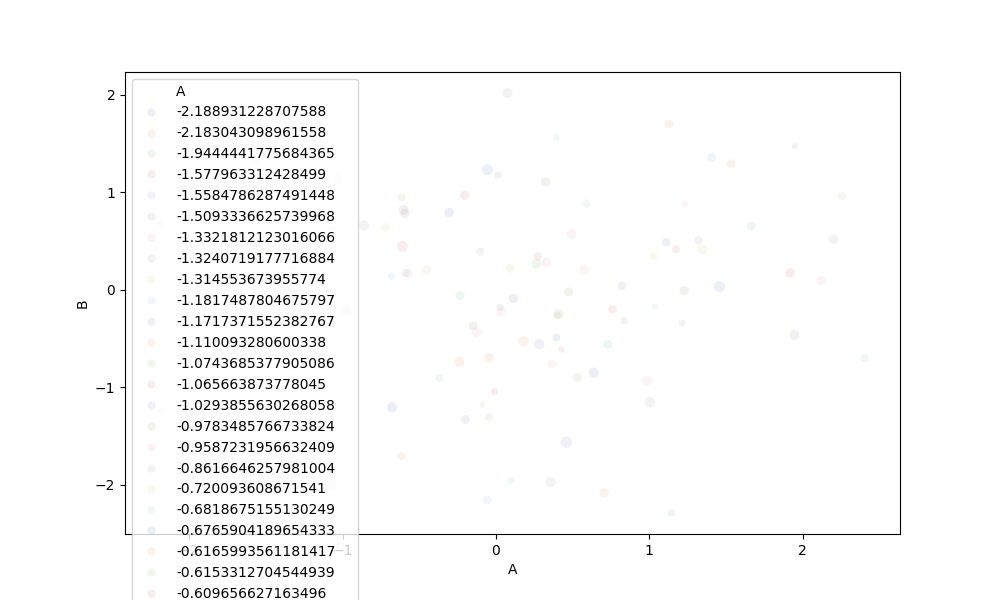
python, seaborn, scatterplot, hue='A', style='None', size='C', palette='deep', alpha=0.1